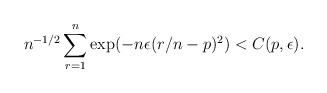
LaTeX: \begin{align*} n^{-1/2} \sum_{r=1}^n \exp(-n\epsilon (r/n - p)^2) < C(p, \epsilon). \end{align*}